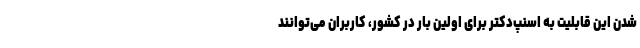
شدن این قابلیت به اسنپ‌دکتر برای اولین بار در کشور، کاربران می‌توانند